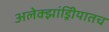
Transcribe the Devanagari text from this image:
अलेक्झांड्रिीयातच